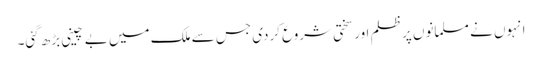
انہوں نے مسلمانوں پر ظلم اور سختی شروع کردی جس سے ملک میں بے چینی بڑھ گئی۔